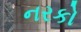
નરકો